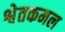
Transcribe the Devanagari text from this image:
श्वेतकमल